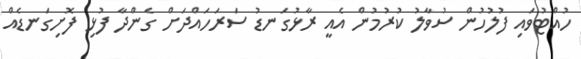
ހުއްޓުވައި ފުލުހުން ސުވާލު ކުރުމުން އެއީ ރާޅުގަނޑު ސަރަހައްދަށް ގެންދާ ފުޅި ފޮށިގަނޑެއް